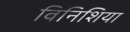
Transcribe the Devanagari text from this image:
विनिशिया